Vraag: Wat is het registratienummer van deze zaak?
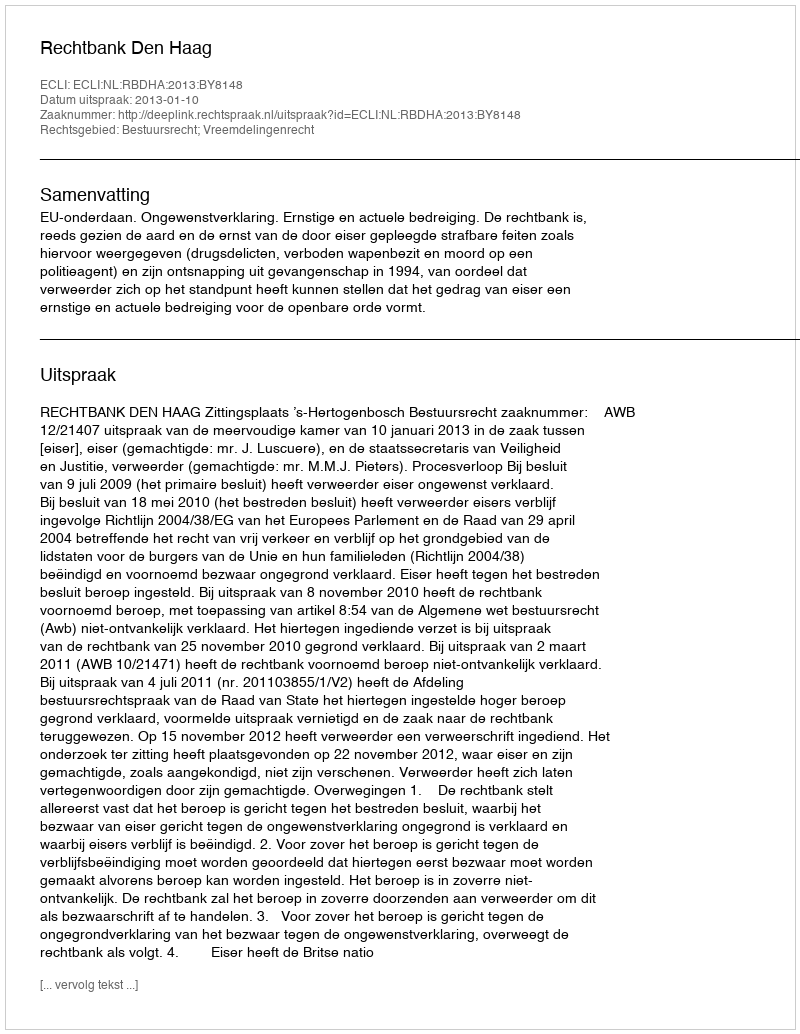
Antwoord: http://deeplink.rechtspraak.nl/uitspraak?id=ECLI:NL:RBDHA:2013:BY8148